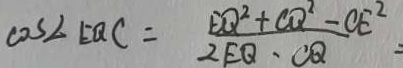
\cos \angle E Q C = \frac { E Q ^ { 2 } + C Q ^ { 2 } - C E ^ { 2 } } { 2 E Q - C Q } =